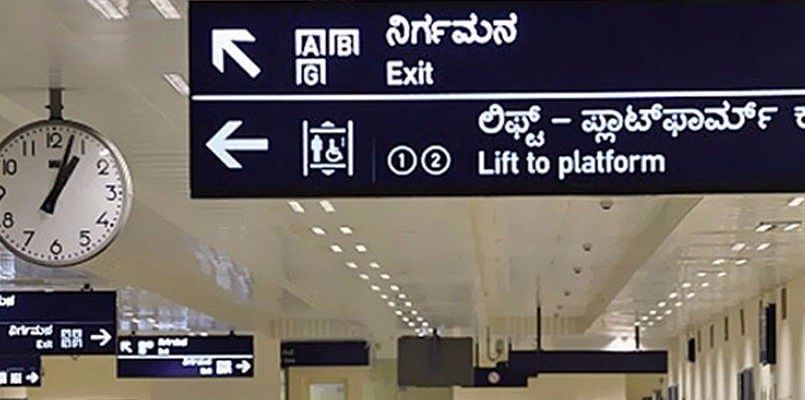
Language: kannada
Transcription: ನಿರ್ಗಮನ ಲಿಫ್ಟ್ ಪ್ಲಾಟ್ ಫಾರ್ಮ್